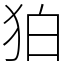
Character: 狛